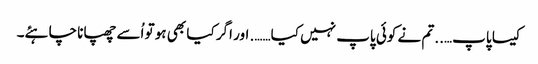
کیسا پاپ….. تم نے کوئی پاپ نہیں کیا……. اور اگر کیا بھی ہو تو اُسے چھپانا چاہئے۔